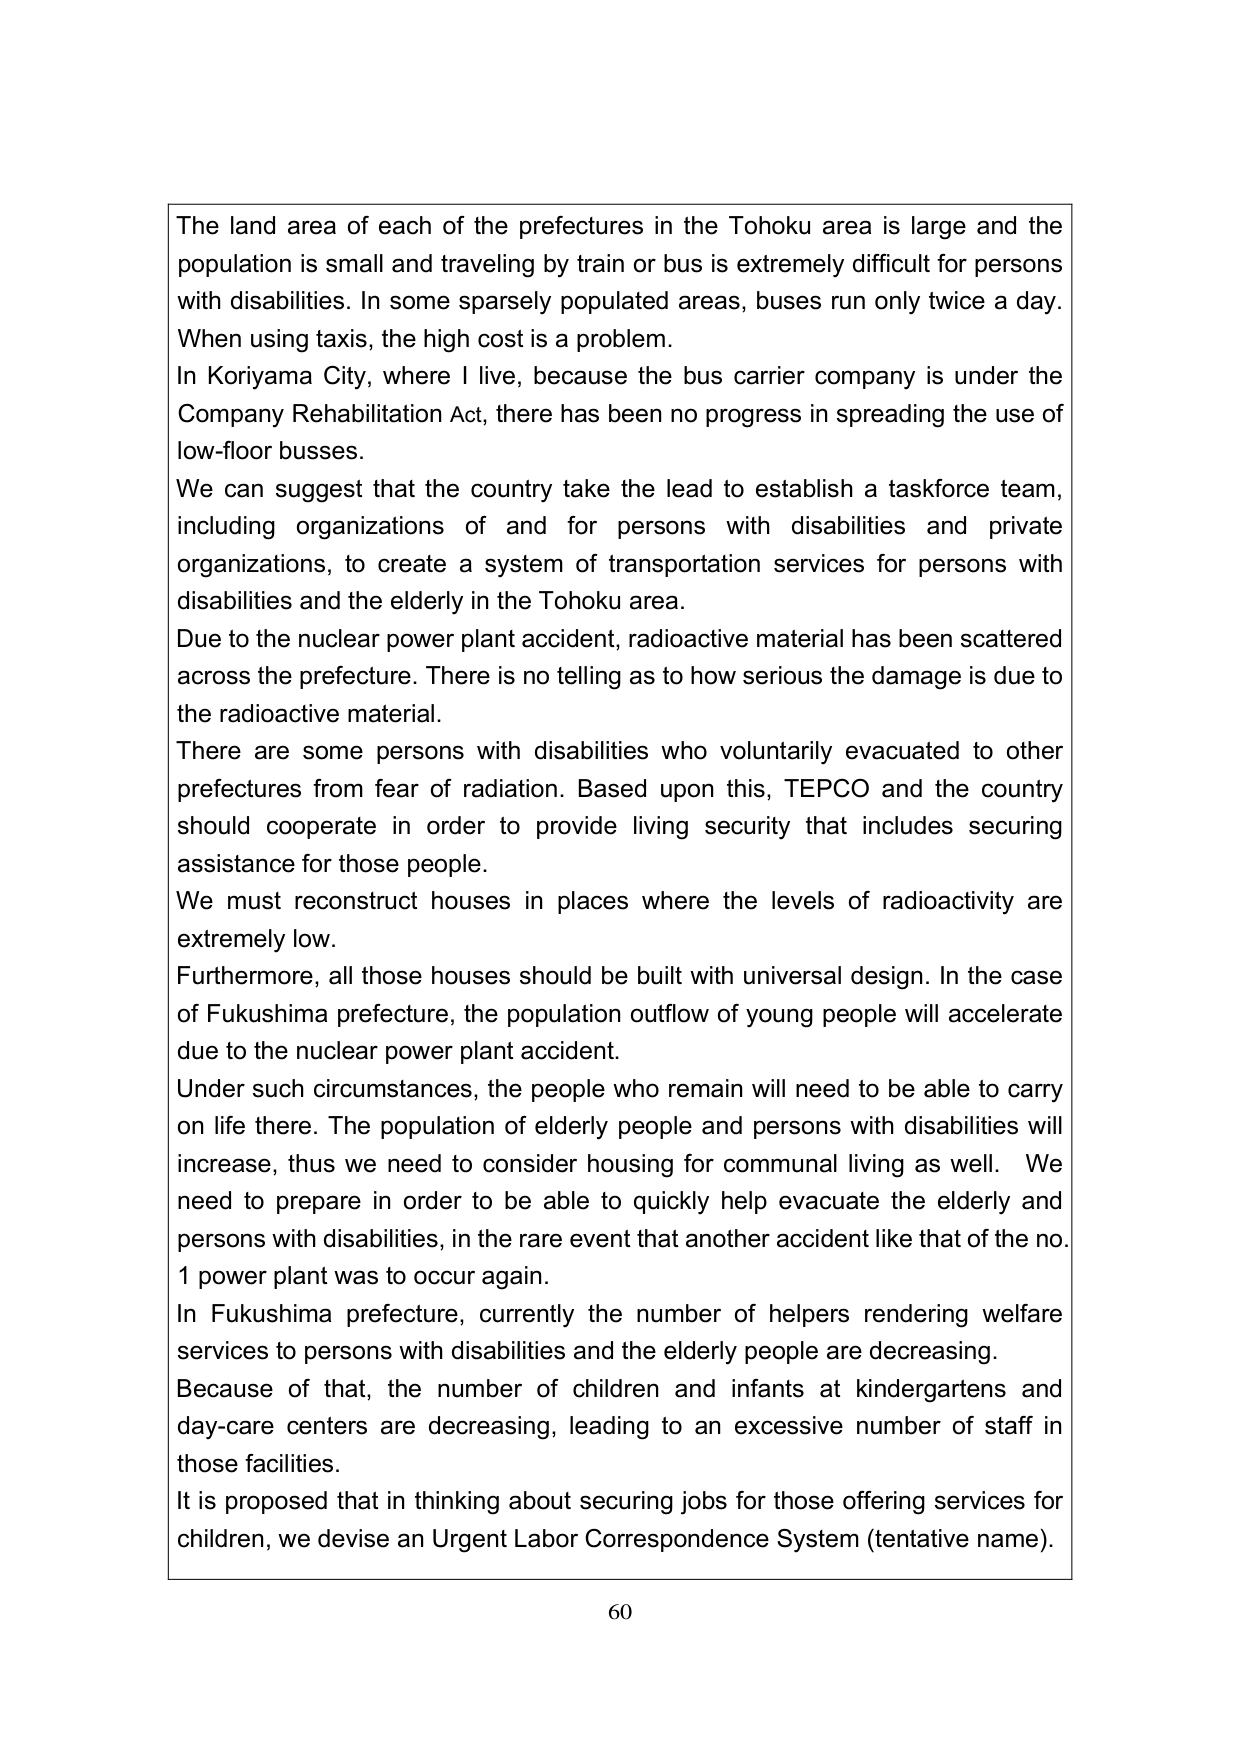
The land area of each of the prefectures in the Tohoku area is large and the population is small and traveling by train or bus is extremely difficult for persons with disabilities. In some sparsely populated areas, buses run only twice a day. When using taxis, the high cost is a problem.

In Koriyama City, where I live, because the bus carrier company is under the Company Rehabilitation Act, there has been no progress in spreading the use of low-floor busses.

We can suggest that the country take the lead to establish a taskforce team, including organizations of and for persons with disabilities and private organizations, to create a system of transportation services for persons with disabilities and the elderly in the Tohoku area.

Due to the nuclear power plant accident, radioactive material has been scattered across the prefecture. There is no telling as to how serious the damage is due to the radioactive material.

There are some persons with disabilities who voluntarily evacuated to other prefectures from fear of radiation. Based upon this, TEPCO and the country should cooperate in order to provide living security that includes securing assistance for those people.

We must reconstruct houses in places where the levels of radioactivity are extremely low.

Furthermore, all those houses should be built with universal design. In the case of Fukushima prefecture, the population outflow of young people will accelerate due to the nuclear power plant accident.

Under such circumstances, the people who remain will need to be able to carry on life there. The population of elderly people and persons with disabilities will increase, thus we need to consider housing for communal living as well. We need to prepare in order to be able to quickly help evacuate the elderly and persons with disabilities, in the rare event that another accident like that of the no. 1 power plant was to occur again.

In Fukushima prefecture, currently the number of helpers rendering welfare services to persons with disabilities and the elderly people are decreasing.

Because of that, the number of children and infants at kindergartens and day-care centers are decreasing, leading to an excessive number of staff in those facilities.

It is proposed that in thinking about securing jobs for those offering services for children, we devise an Urgent Labor Correspondence System (tentative name).

60